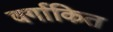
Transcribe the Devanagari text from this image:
वर्गाकित